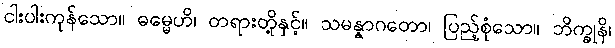
ငါးပါးကုန်သော။ ဓမ္မေဟိ၊ တရားတို့နှင့်။ သမန္နာဂတော၊ ပြည့်စုံသော။ ဘိက္ခုနိ၊